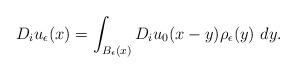
LaTeX: \begin{align*} D_iu_\epsilon(x) &= \int_{B_\epsilon(x)} D_iu_0(x-y)\rho_\epsilon(y) \ dy. \end{align*}